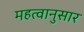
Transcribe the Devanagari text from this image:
महत्वानुसार